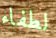
لطفاء